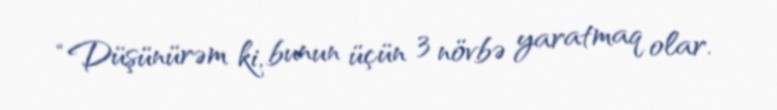
“Düşünürəm ki, bunun üçün 3 növbə yaratmaq olar.